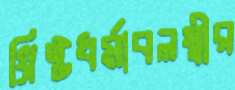
খ্রিষ্টধর্মাবলম্বীর